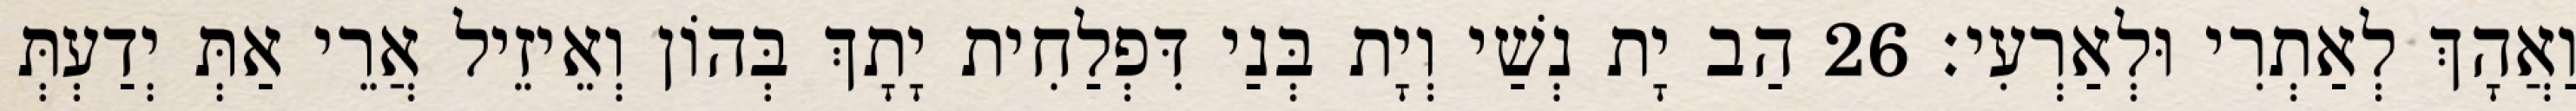
וַאֲהָךְ לְאַתְרִי וּלְאַרְעִי׃ 26 הַב יָת נְשַׁי וְיָת בְּנַי דִּפְלַחִית יָתָךְ בְּהוֹן וְאֵיזֵיל אֲרֵי אַתְּ יְדַעְתְּ